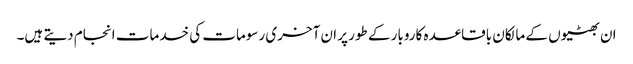
ان بھٹیوں کے مالکان باقاعدہ کاروبار کے طور پر ان آخری رسومات کی خدمات انجام دیتے ہیں۔